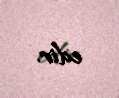
edir.